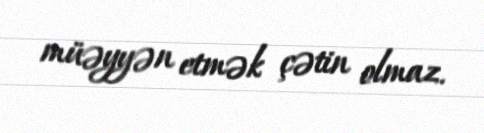
müəyyən etmək çətin olmaz.